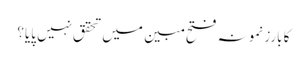
کا بارز نمونہ فتح مبین میں تحقق نہیں پایا؟